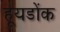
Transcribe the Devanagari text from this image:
हूयडोंक